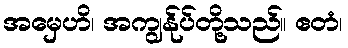
အမှေဟိ၊ အကျွန်ုပ်တို့သည်။ ဧတံ၊